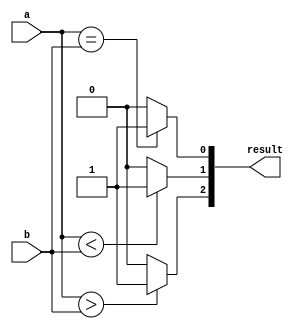
module two_bit_comparator (
    input [1:0] a,
    input [1:0] b,
    output [2:0] result
);

assign result[2] = (a > b) ? 1'b1 : 1'b0;
assign result[1] = (a < b) ? 1'b1 : 1'b0;
assign result[0] = (a == b) ? 1'b1 : 1'b0;

endmodule